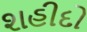
શહીદો